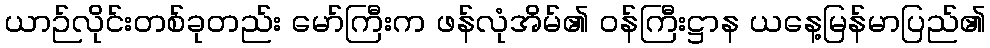
ယာဉ်လိုင်းတစ်ခုတည်း မော်ကြီးက ဖန်လုံအိမ်၏ ဝန်ကြီးဋ္ဌာန ယနေ့မြန်မာပြည်၏